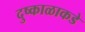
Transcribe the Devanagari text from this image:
दुष्काळाकडे